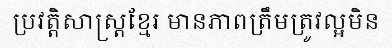
ប្រវត្តិសាស្ត្រខ្មែរ មានភាពត្រឹមត្រូវល្អមិន